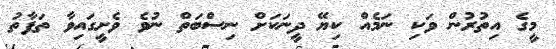
މީގެ އިތުރުން ވަކި ނަމެއް ކިޔޭ ދީނަކަށް ނިސްބަތް ނުވެ ވެށީގައިވާ ތަފާތު